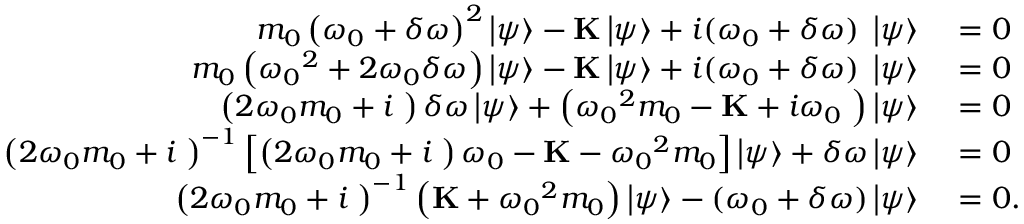
\begin{array} { r l } { { m _ { 0 } \left( { { \omega _ { 0 } } + \delta \omega } \right) ^ { 2 } } \left| \psi \right\rangle - \mathbf K \left| \psi \right\rangle + i ( { \omega _ { 0 } } + \delta \omega ) \mathbf \Gamma \left| \psi \right\rangle } & { { } = 0 } \\ { m _ { 0 } \left( { { \omega _ { 0 } } ^ { 2 } + 2 { \omega _ { 0 } } \delta \omega } \right) \left| \psi \right\rangle - \mathbf K \left| \psi \right\rangle + i ( { \omega _ { 0 } } + \delta \omega ) \mathbf \Gamma \left| \psi \right\rangle } & { { } = 0 } \\ { \left( { 2 { \omega _ { 0 } } m _ { 0 } + i { \bf { \Gamma } } } \right) \delta \omega \left| \psi \right\rangle + \left( { { \omega _ { 0 } } ^ { 2 } m _ { 0 } - { \bf { K } } + i { \omega _ { 0 } } { \bf { \Gamma } } } \right) \left| \psi \right\rangle } & { { } = 0 } \\ { { \left( { 2 { \omega _ { 0 } } m _ { 0 } + i { \bf { \Gamma } } } \right) ^ { - 1 } } \left[ { \left( { 2 { \omega _ { 0 } } { m _ { 0 } } + i { \bf { \Gamma } } } \right) { \omega _ { 0 } } - { \bf { K } } - { \omega _ { 0 } } ^ { 2 } { m _ { 0 } } } \right] \left| \psi \right\rangle + \delta \omega \left| \psi \right\rangle } & { { } = 0 } \\ { { \left( { 2 { \omega _ { 0 } } m _ { 0 } + i { \bf { \Gamma } } } \right) ^ { - 1 } } \left( { { \bf { K } } + { \omega _ { 0 } } ^ { 2 } m _ { 0 } } \right) \left| \psi \right\rangle - ( \omega _ { 0 } + \delta \omega ) \left| \psi \right\rangle } & { { } = 0 . } \end{array}